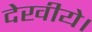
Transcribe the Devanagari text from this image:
देखीये।